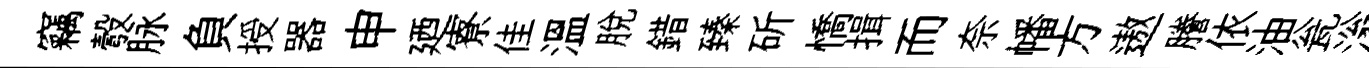
竊彀脉負授器申廼寮佳溫脱錯臻斫憍揖而奈幡方遨謄依油瓮滃